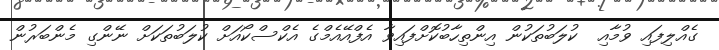
ގެއްލިފައި ވުމާއި  ކުލަބުތަކުން އިންތިހާބުކޮށްފައިވާ އެފްއޭއެމްގެ އެކްސްކޯއަށް ކުލަބުތަކަށް ނޭންގި މެންބަރުން